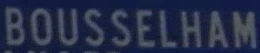
BOUSSELHAM